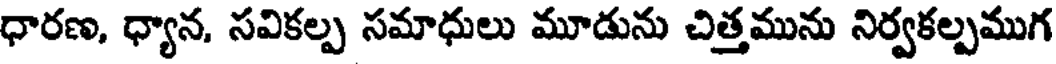
ధారణ, ధ్యాన, సవికల్ప సమాధులు మూడును చిత్తమును నిర్వకల్పముగ